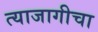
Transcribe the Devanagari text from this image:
त्याजागीचा